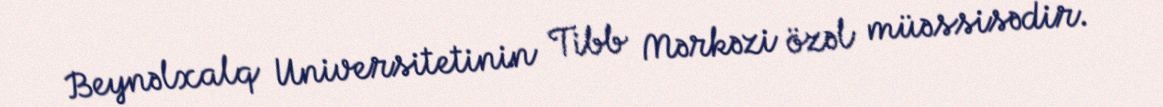
Beynəlxalq Universitetinin Tibb Mərkəzi özəl müəssisədir.